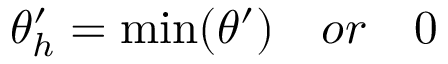
\theta _ { h } ^ { \prime } = \operatorname* { m i n } ( \theta ^ { \prime } ) \quad o r \quad 0